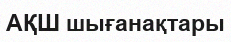
АҚШ шығанақтары